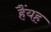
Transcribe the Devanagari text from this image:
हैंयह